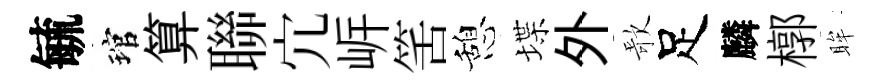
毓琯算聯宂㟁筈憩堞外歌足麟槨眸